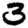
Digit: 3